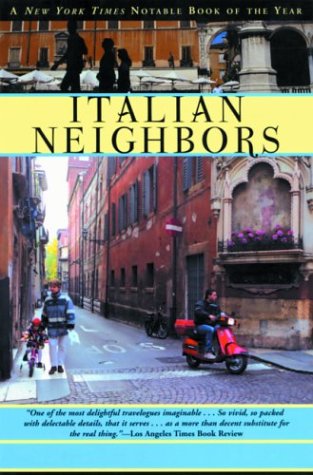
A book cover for Italian Neighbors; Tim Parks; History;